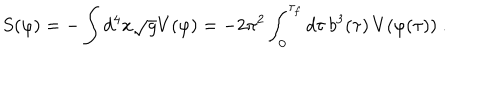
LaTeX: S ( \varphi ) = - \int d ^ { 4 } x \sqrt { g } V ( \varphi ) = - { 2 \pi ^ { 2 } \int _ { 0 } ^ { \tau _ { f } } d \tau \, b ^ { 3 } ( \tau ) \, V ( \varphi ( \tau ) ) } \ .